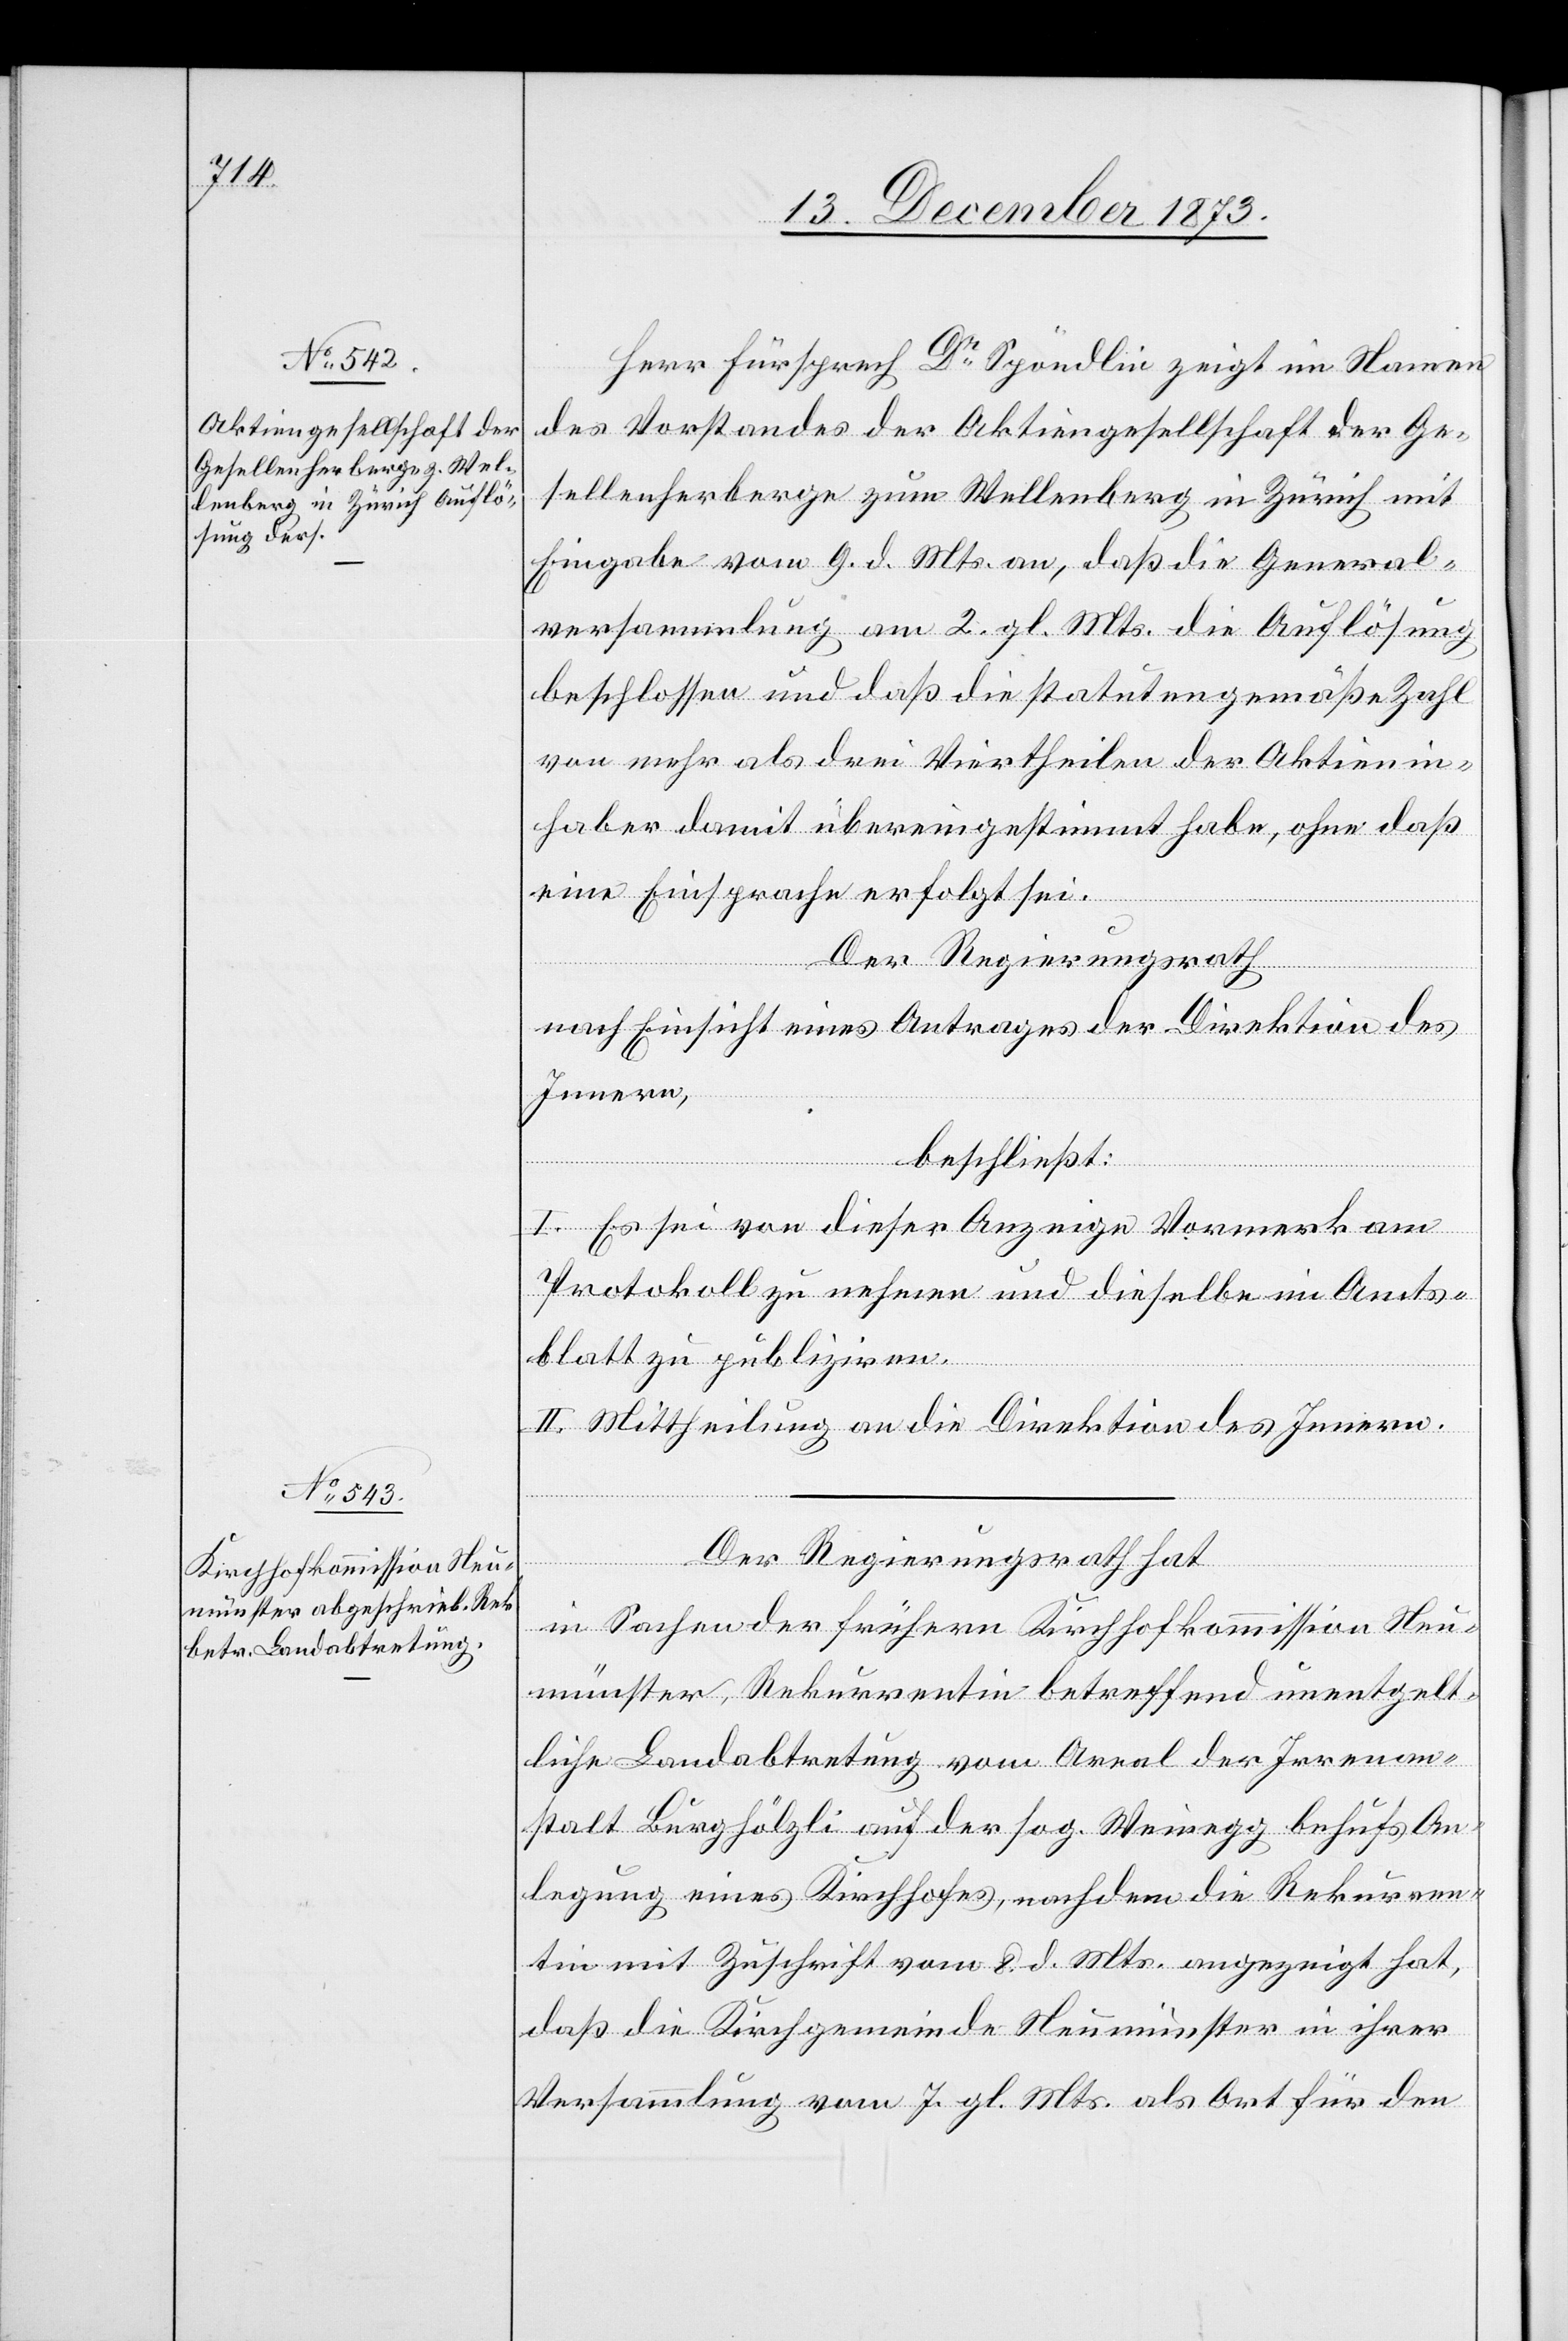
Herr Fürsprech Dr Spöndlin zeigt im Namen
des Vorstandes der Aktiengesellschaft der Ge¬
sellenherberge zum Wellenberg in Zürich mit
Eingabe vom 9. d. Mts. an, daß die General¬
versammlung am 2. gl. Mts. die Auflösung
beschlossen und daß die statutengemäße Zahl
von mehr als drei Viertheilen der Aktienin¬
haber damit übereingestimmt habe, ohne daß
eine Einsprache erfolgt sei.
Der Regierungsrath
nach Einsicht eines Antrages der Direktion des
Innern,
beschließt:
I. Es sei von dieser Anzeige Vormerk am
Protokoll zu nehmen und dieselbe im Amts¬
blatt zu publiziren.
II. Mittheilung an die Direktion des Innern.
Der Regierungsrath hat
in Sachen der frühern Kirchhofkommission Neu¬
münster, Rekurrentin betreffend unentgelt¬
liche Landabtretung vom Areal der Irrenan¬
stalt Burghölzli auf der sog. Weinegg behufs An¬
legung eines Kirchhofes, nachdem die Rekurren¬
tin mit Zuschrift vom 8. d. Mts. angezeigt hat,
daß die Kirchgemeinde Neumünster in ihrer
Versammlung vom 7. gl. Mts. als Ort für den